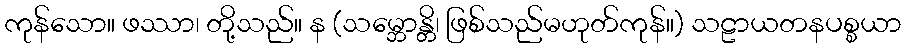
ကုန်သော။ ဖဿာ၊ တို့သည်။ န (သမ္ဘောန္တိ၊ ဖြစ်သည်မဟုတ်ကုန်။) သဠာယတနပစ္စယာ